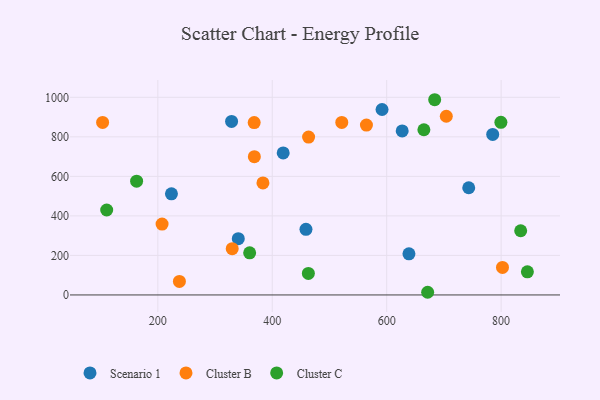
{"axis": {"x": "Engine Size", "y": "Fuel Efficiency"}, "legend": ["Cluster B", "Cluster C", "Scenario 1"], "data": [{"x": "743.4", "y": 542.5, "type": "Scenario 1"}, {"x": "328.9", "y": 877.8, "type": "Scenario 1"}, {"x": "591.9", "y": 938.4, "type": "Scenario 1"}, {"x": "785.3", "y": 812.4, "type": "Scenario 1"}, {"x": "627.1", "y": 829.9, "type": "Scenario 1"}, {"x": "458.9", "y": 332.0, "type": "Scenario 1"}, {"x": "419.1", "y": 718.4, "type": "Scenario 1"}, {"x": "223.8", "y": 511.7, "type": "Scenario 1"}, {"x": "638.9", "y": 208.2, "type": "Scenario 1"}, {"x": "340.6", "y": 284.9, "type": "Scenario 1"}, {"x": "802.4", "y": 139.2, "type": "Cluster B"}, {"x": "368.4", "y": 872.4, "type": "Cluster B"}, {"x": "383.7", "y": 567.0, "type": "Cluster B"}, {"x": "704.2", "y": 904.1, "type": "Cluster B"}, {"x": "463.5", "y": 798.7, "type": "Cluster B"}, {"x": "368.7", "y": 699.8, "type": "Cluster B"}, {"x": "564.6", "y": 859.6, "type": "Cluster B"}, {"x": "330.0", "y": 234.2, "type": "Cluster B"}, {"x": "521.5", "y": 873.0, "type": "Cluster B"}, {"x": "237.7", "y": 68.4, "type": "Cluster B"}, {"x": "207.4", "y": 358.5, "type": "Cluster B"}, {"x": "103.5", "y": 872.8, "type": "Cluster B"}, {"x": "845.9", "y": 117.1, "type": "Cluster C"}, {"x": "671.6", "y": 13.5, "type": "Cluster C"}, {"x": "110.6", "y": 429.8, "type": "Cluster C"}, {"x": "799.6", "y": 873.5, "type": "Cluster C"}, {"x": "162.9", "y": 575.9, "type": "Cluster C"}, {"x": "683.9", "y": 987.8, "type": "Cluster C"}, {"x": "834.2", "y": 324.7, "type": "Cluster C"}, {"x": "360.5", "y": 213.2, "type": "Cluster C"}, {"x": "665.0", "y": 836.0, "type": "Cluster C"}, {"x": "463.1", "y": 109.0, "type": "Cluster C"}]}